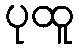
ပုထူ